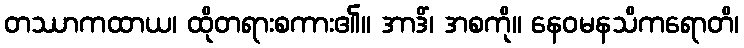
တဿာကထာယ၊ ထိုတရားစကား၏။ အာဒိံ၊ အစကို။ နေဝမနသိကရောတိ၊